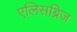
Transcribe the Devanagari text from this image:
एलिसब्रिज